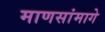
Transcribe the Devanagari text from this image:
माणसांमागे